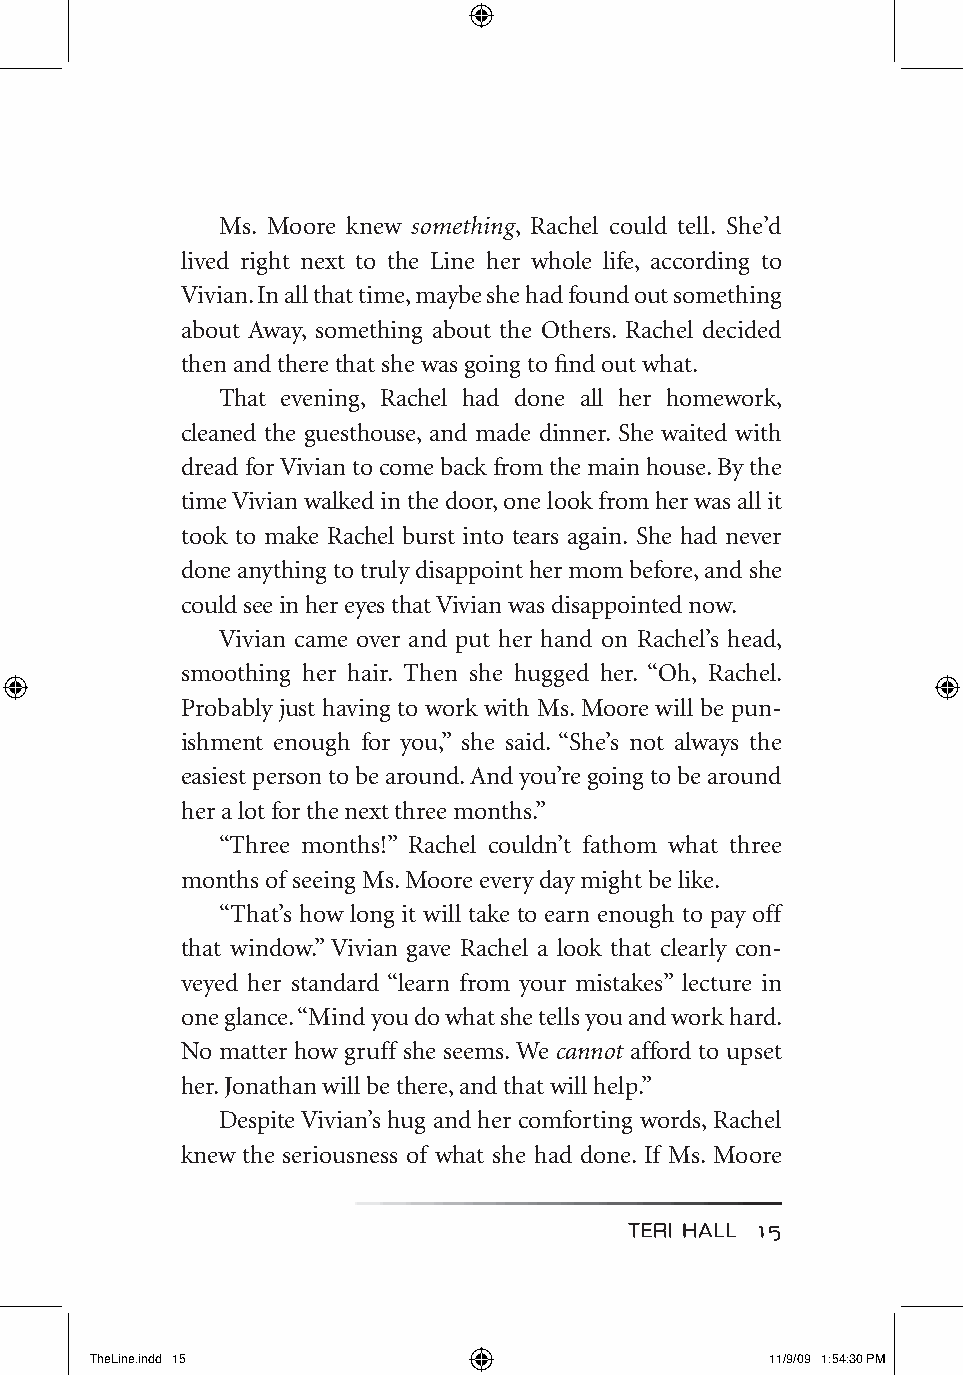
Ms. Moore knew something, Rachel could tell. She’d
 lived right next to the Line her whole life, according to
 Vivian. In all that time, maybe she had found out something
 about Away, something about the Others. Rachel decided
 then and there that she was going to find out what.
 That evening, Rachel had done all her homework,
 cleaned the guesthouse, and made dinner. She waited with
 dread for Vivian to come back from the main house. By the
 time Vivian walked in the door, one look from her was all it
 took to make Rachel burst into tears again. She had never
 done anything to truly disappoint her mom before, and she
 could see in her eyes that Vivian was disappointed now.
 Vivian came over and put her hand on Rachel’s head,
 smoothing her hair. Then she hugged her. “Oh, Rachel.
 Probably just having to work with Ms. Moore will be pun-
 ishment enough for you,” she said. “She’s not always the
 easiest person to be around. And you’re going to be around
 her a lot for the next three months.”
 “Three months!” Rachel couldn’t fathom what three
 months of seeing Ms. Moore every day might be like.
 “That’s how long it will take to earn enough to pay off
 that window.” Vivian gave Rachel a look that clearly con-
 veyed her standard “learn from your mistakes” lecture in
 one glance. “Mind you do what she tells you and work hard.
 No matter how gruff she seems. We cannot afford to upset
 her. Jonathan will be there, and that will help.”
 Despite Vivian’s hug and her comforting words, Rachel
 knew the seriousness of what she had done. If Ms. Moore
 TerI haLL 15
 TheLine.indd 15                              11/9/09 1:54:30 PM